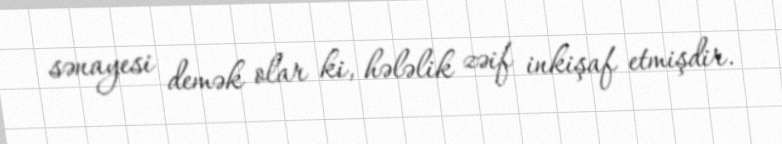
sənayesi demək olar ki, hələlik zəif inkişaf etmişdir.